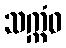
သက္ကံဝ